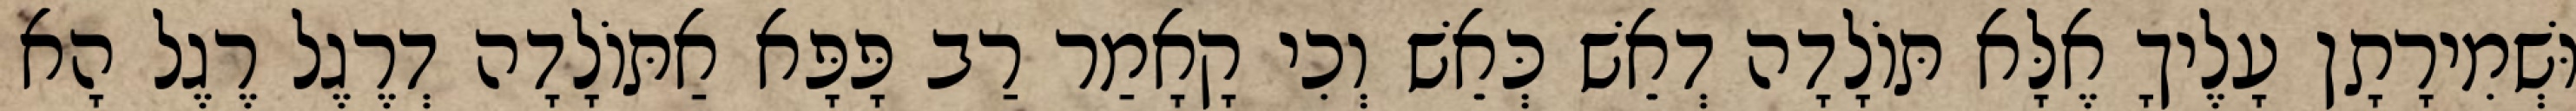
וּשְׁמִירָתָן עָלֶיךָ אֶלָּא תּוֹלָדָה דְאֵשׁ כְּאֵשׁ וְכִי קָאָמַר רַב פָּפָּא אַתּוֹלָדָה דְרֶגֶל רֶגֶל הָא